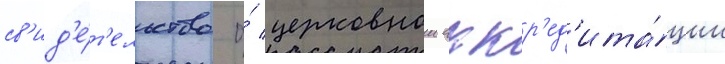
св'ид'е́т'ельство о́ церковнои аккр'ед'ита́ции